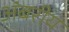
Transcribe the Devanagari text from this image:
अंबरीय